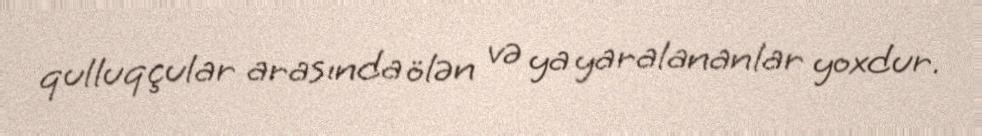
qulluqçular arasında ölən və ya yaralananlar yoxdur.